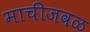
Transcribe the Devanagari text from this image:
माचीजवळ